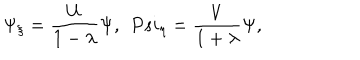
\Psi _ { \xi } = \frac { U } { 1 - \lambda } \Psi , \ \, P s i _ { \eta } = \frac { V } { 1 + \lambda } \Psi ,